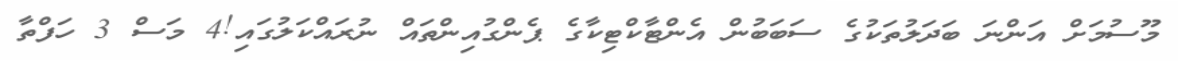
މޫސުމަށް އަންނަ ބަދަލުތަކުގެ ސަބަބުން އެންޓާކްޓިކާގެ ޕެންގުއިންތައް ނުރައްކަލުގައި!4 މަސް 3 ހަފްތާ